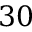
3 0